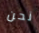
نحن